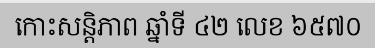
កោះសន្តិភាព ឆ្នាំទី ៤២ លេខ ៦៥៧០